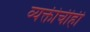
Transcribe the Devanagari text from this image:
व्यक्तीचीही